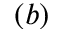
( b )